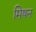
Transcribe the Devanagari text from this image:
मिषन